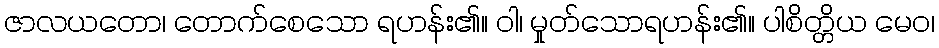
ဇာလယတော၊ တောက်စေသော ရဟန်း၏။ ဝါ၊ မှုတ်သောရဟန်း၏။ ပါစိတ္တိယ မေဝ၊